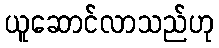
ယူဆောင်လာသည်ဟု